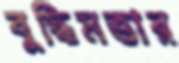
বুদ্ধিমত্তার